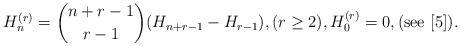
LaTeX: \begin{align*}H_{n}^{(r)}=\binom{n+r-1}{r-1}(H_{n+r-1}-H_{r-1}),(r\ge 2),H_{0}^{(r)}=0,(\mathrm{see}\ [5]).\end{align*}